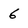
Character: 6